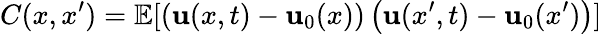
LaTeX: C(x,x^{\prime})=\mathbb{E}[\left({\mathbf{u}}(x,t)-{\mathbf{u}}_{0}(x)\right)\left({\mathbf{u}}(x^{\prime},t)-{\mathbf{u}}_{0}(x^{\prime})\right)]